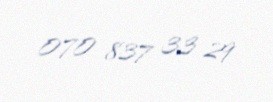
070 837 33 29